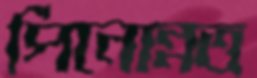
পিনোন্নত